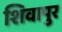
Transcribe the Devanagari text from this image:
शिवापुर